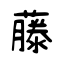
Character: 藤